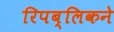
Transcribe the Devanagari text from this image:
रिपब्लिकने